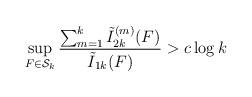
LaTeX: \begin{align*}\sup_{F\in \mathcal{S}_k} \frac{\sum_{m=1}^{k}\tilde{I}_{2k}^{(m)}(F)}{\tilde{I}_{1k}(F)} >c\log k\end{align*}